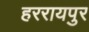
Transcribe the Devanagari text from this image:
हररायपुर